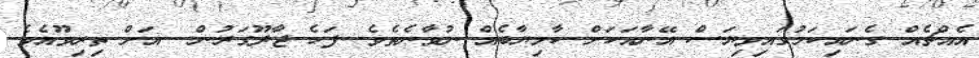
އެއްޗެއް ގެނައިކަމުގައިވިޔަސް އޭނާއަކަށް ކާމިޔާބެއް ނުވާނެތެވެ. ފަހެ ޖާދޫގަރުން  އަށް ތިރިވޫއެވެ.